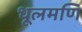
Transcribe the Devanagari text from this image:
धूलमणि